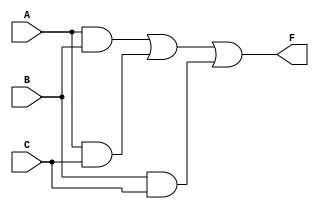
module EPI_CombinationalLogic (
    input wire A,   // Input A
    input wire B,   // Input B
    input wire C,   // Input C
    output wire F   // Output F
);

    // Intermediate signals for prime implicants
    wire P1; // For AB
    wire P2; // For AC
    wire P3; // For BC

    // Implementing the prime implicants
    assign P1 = A & B;  // AB
    assign P2 = A & C;  // AC
    assign P3 = B & C;  // BC

    // Combining the essential prime implicants
    assign F = P1 | P2 | P3; // F = AB + AC + BC

endmodule